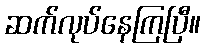
ဆက်လုပ်နေကြပြီ။